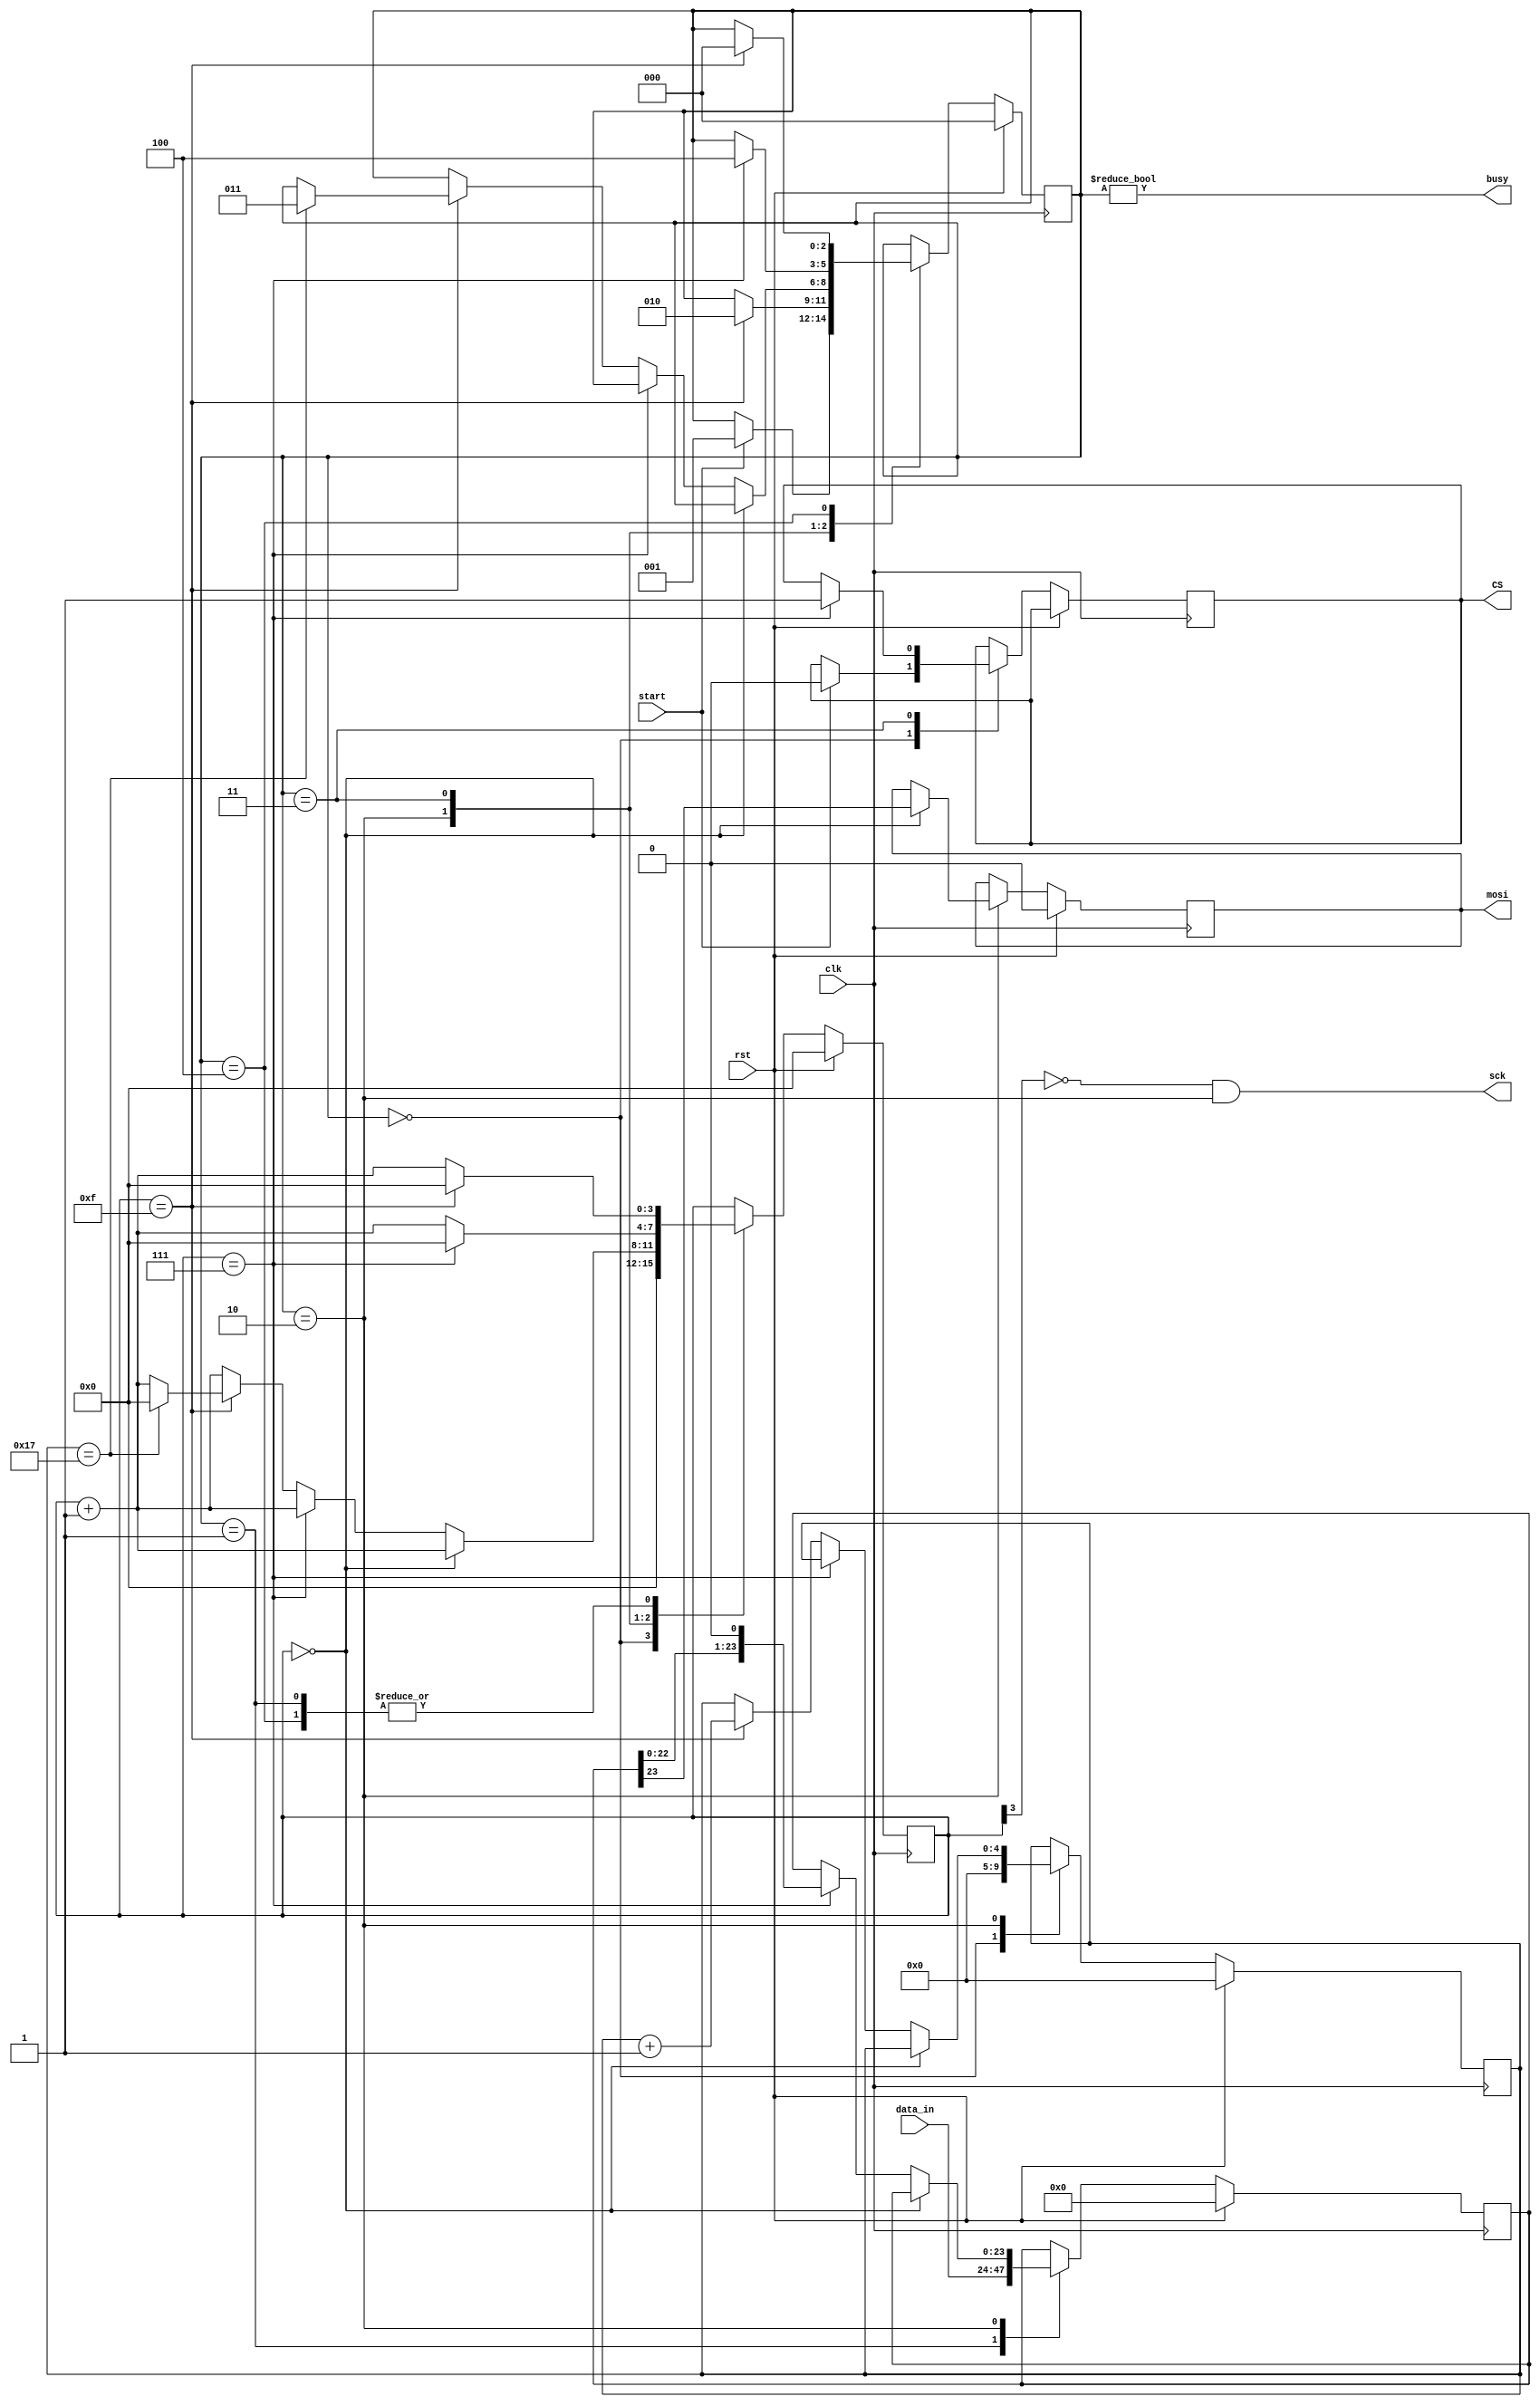
module mems_spi_8 #(
  parameter CLK_DIV = 16 // clog2 = 4
  )(
    // INPUT
    input clk,
    input rst,
    // input miso, // not used
    input[23:0] data_in,
    input start,
    
    // OUTPUT
    output mosi,
    output sck,
    // output[23:0] data_out, // not used here 
    output busy,
    // output new_data, // debug
    output CS
  );
   
  parameter CTR_SIZE = $clog2(CLK_DIV); //$clog2(2**CLK_DIV);
  
  localparam STATE_SIZE = 3;
  localparam IDLE = 3'd0,
    WAIT_HALF = 3'd1,
    TRANSFER = 3'd2,
    WAIT_FOR_CS_1 = 3'd3,
    WAIT_FOR_CS_2 = 3'd4;
   
  reg [STATE_SIZE-1:0] state_d, state_q;
  reg [23:0] data_d, data_q;
  reg [CTR_SIZE-1:0] sck_d, sck_q;
  reg mosi_d, mosi_q;
  reg [4:0] ctr_d, ctr_q;
  reg new_data_d, new_data_q;
  // reg [23:0] data_out_d, data_out_q;
  reg CS_d, CS_q=1'b1; //  VERY IMPORTANT, since should be UP with no data! also during programming -> physically implement resistor!
   
  assign mosi = mosi_q;
  assign sck = (~sck_q[CTR_SIZE-1]) & (state_q == TRANSFER);
  assign busy = state_q != IDLE;
  // assign data_out = data_out_q;
  assign new_data = new_data_q;
  assign CS = CS_q;
   
  always @(*) begin
    sck_d = sck_q;
    data_d = data_q;
    mosi_d = mosi_q;
    ctr_d = ctr_q;
    new_data_d = 1'b0;
    // data_out_d = data_out_q;
    state_d = state_q;
    CS_d=CS_q;
     
    case (state_q)
      IDLE: begin
        // CS_d = 1'b1;
        sck_d = 4'b0;              
        ctr_d = 5'b0;              
        if (start == 1'b1) begin   
        // copy data to send
          state_d = WAIT_HALF;    
          CS_d = 1'b0;
        end
      end

     WAIT_HALF: begin
       data_d = data_in;
       sck_d = sck_q + 1'b1;                  
       if (sck_q == {CTR_SIZE{1'b1}}) begin  
         sck_d = 1'b0;                        
         state_d = TRANSFER;                  
        end
     end

      TRANSFER: begin
        sck_d = sck_q + 1'b1;                           
        if (sck_q == 4'b0000) begin                     
          mosi_d = data_q[23];                           // output the MSB of data
        end else if (sck_q == {CTR_SIZE-1{1'b1}}) begin  // else if it's half full (about to fall)
          data_d = {data_q[22:0], 1'b0};//miso};                 // read in data (shift in)
          
          //miso
        end else if (sck_q == {CTR_SIZE{1'b1}}) begin    // else if it's full (about to rise)
          ctr_d = ctr_q + 1'b1;                        
          if (ctr_q == 5'b10111) begin                    // if we are on the last bit
            state_d = WAIT_FOR_CS_1;                             
            // data_out_d = data_q;                        
                       // signal data is valid
            sck_d = 4'b0; 

          end
        end
      end // TRANSFER

     WAIT_FOR_CS_1: begin
       sck_d = sck_q + 1'b1;                  
       if (sck_q == {CTR_SIZE-1{1'b1}}) begin  
            CS_d=1'b1;
            state_d = WAIT_FOR_CS_2; 
            sck_d=1'b0;

        end
     end

     WAIT_FOR_CS_2: begin
       sck_d = sck_q + 1'b1;                 
       if (sck_q == {CTR_SIZE{1'b1}}) begin 
         sck_d = 1'b0;                       
         state_d = IDLE;                  
         new_data_d = 1'b1;   

        end
     end


    
    endcase
  end
   
  always @(posedge clk) begin
    if (rst) begin
      ctr_q <= 5'b0;
      data_q <= 24'b0;
      sck_q <= 4'b0;
      mosi_q <= 1'b0;
      state_q <= IDLE;
      // data_out_q <= 24'b0;
      new_data_q <= 1'b0;
    end else begin
      ctr_q <= ctr_d;
      data_q <= data_d;
      sck_q <= sck_d;
      mosi_q <= mosi_d;
      state_q <= state_d;
      // data_out_q <= data_out_d;
      new_data_q <= new_data_d;
      CS_q <= CS_d;
    end
  end
   
endmodule